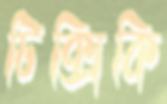
টিক্সিকি